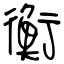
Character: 衡